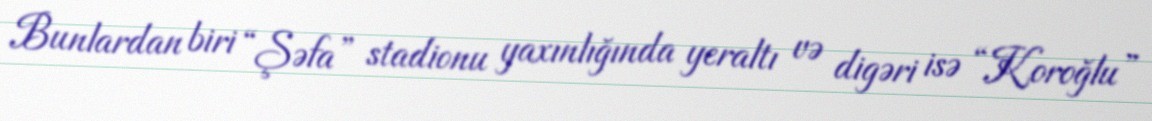
Bunlardan biri “Şəfa” stadionu yaxınlığında yeraltı və digəri isə “Koroğlu”